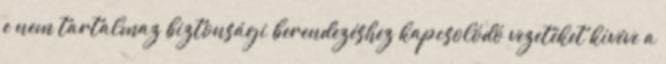
e nem tartalmaz biztonsági berendezéshez kapcsolódó vezetéket kivéve a